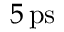
5 \, \mathrm { p s }